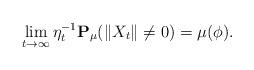
LaTeX: \begin{align*} \lim_{t\to\infty} \eta_t^{-1}\mathbf P_{\mu}(\|X_t\| \neq 0) =\mu(\phi). \end{align*}